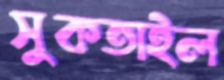
সুকতাইল